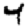
Digit: 4